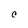
Character: O